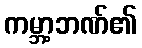
ကမ္ဘာ့ဘဏ်၏